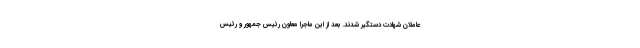
عاملان شهادت دستگیر شدند. بعد از این ماجرا معاون رئیس جمهور و رئیس